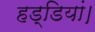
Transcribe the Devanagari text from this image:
हड्डियां।